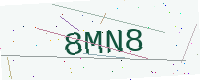
Text: 8MN8